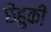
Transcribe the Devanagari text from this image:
छेंहुकी